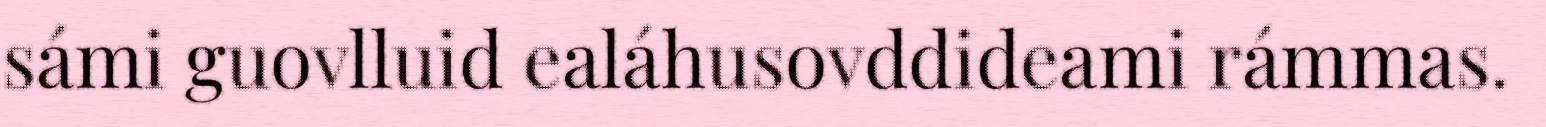
sámi guovlluid ealáhusovddideami rámmas.